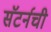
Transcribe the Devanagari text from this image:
सॅटर्नची